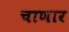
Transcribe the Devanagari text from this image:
चाणार